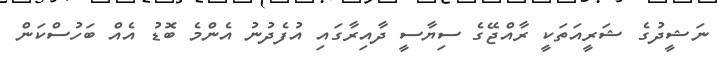
ނަޝީދުގެ ޝަރީއަތަކީ ރާއްޖޭގެ ސިޔާސީ ދާއިރާގައި އުފެދުނު އެންމެ ބޮޑު އެއް ބަހުސްކަން